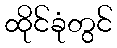
ထိုင်ခုံတွင်